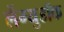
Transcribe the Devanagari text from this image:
लेंग्युडॉक